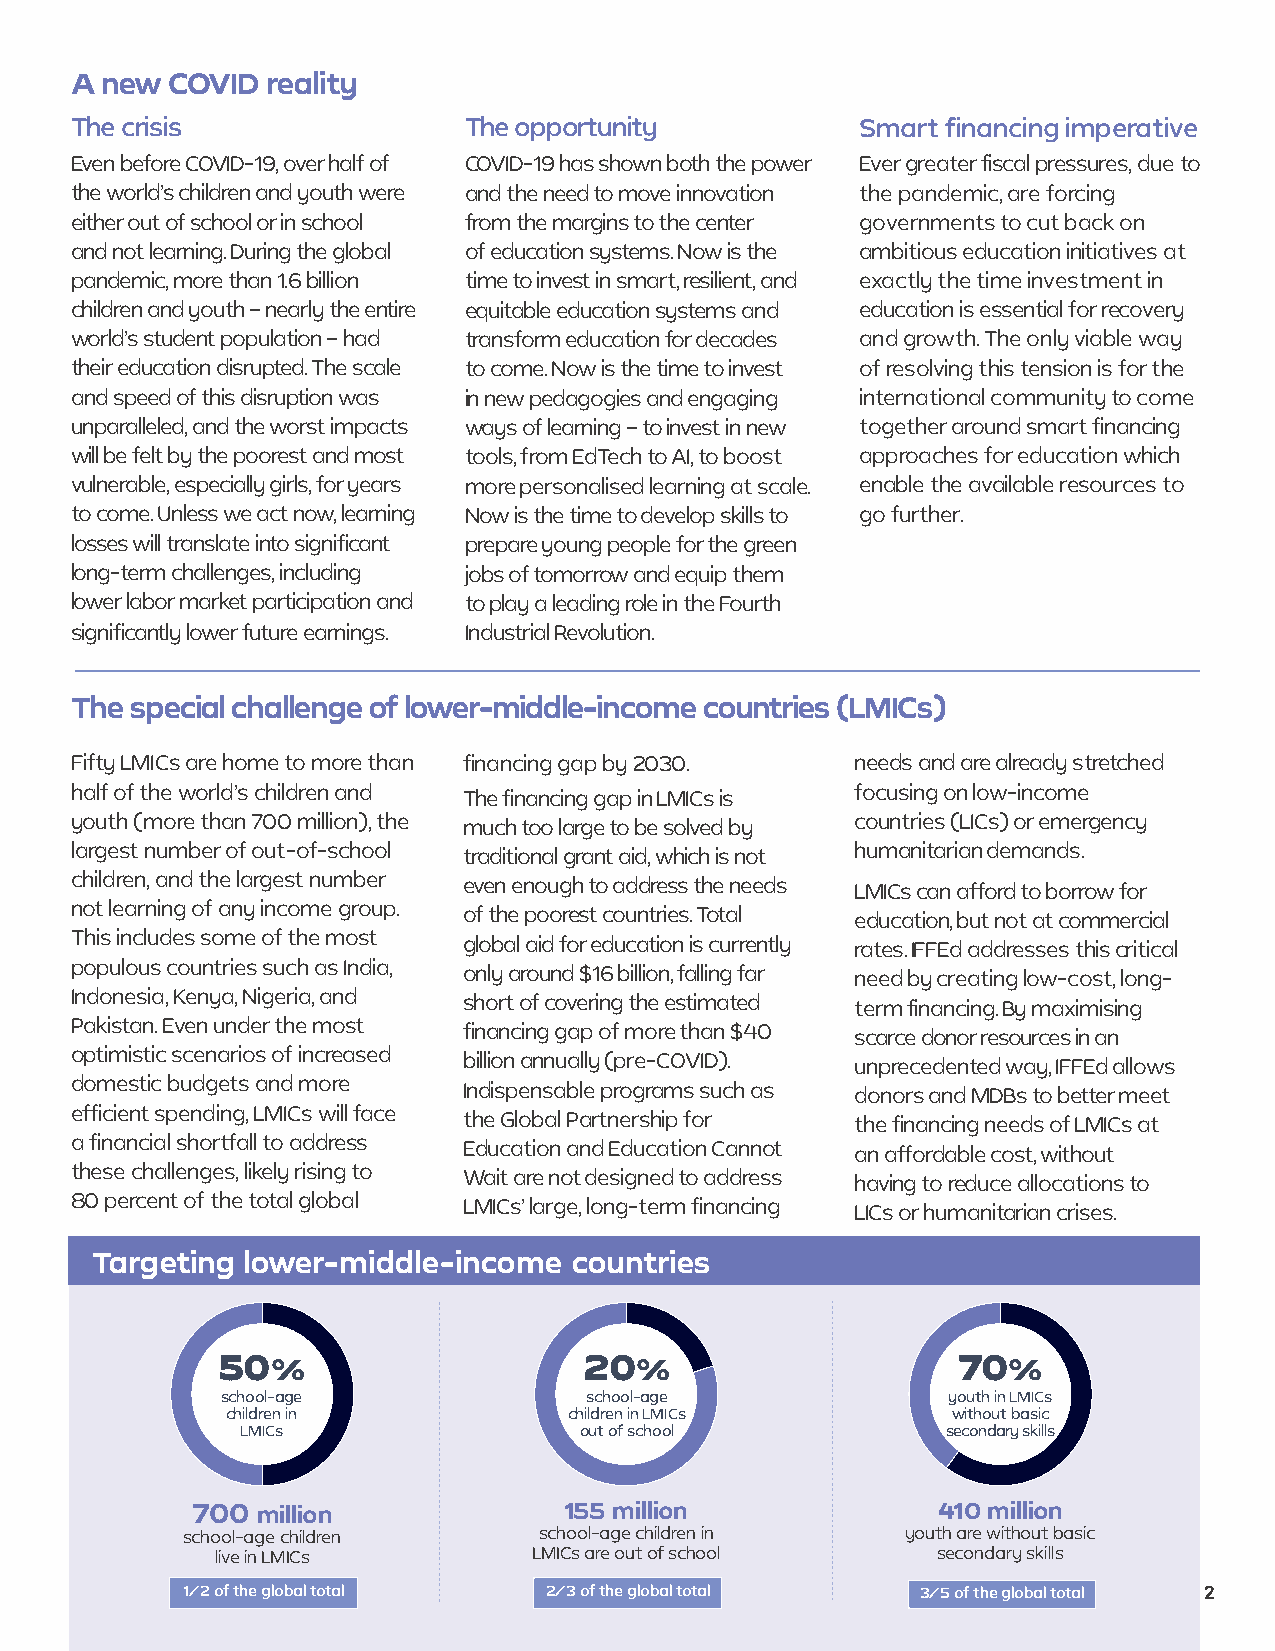
A new COVID  reality
 The crisis                The opportunity           Smart financing imperative
 Even before COVID-19, over half of COVID-19 has shown both the power Ever greater fiscal pressures, due to
 the world’s children and youth were and the need to move innovation the pandemic, are forcing
 either out of school or in school from the margins to the center governments to cut back on
 and not learning. During the global of education systems. Now is the ambitious education initiatives at
 pandemic, more than 1.6 billion time to invest in smart, resilient, and exactly the time investment in
 children and youth – nearly the entire equitable education systems and education is essential for recovery
 world’s student population – had transform education for decades and growth. The only viable way
 their education disrupted. The scale to come. Now is the time to invest of resolving this tension is for the
 and speed of this disruption was in new pedagogies and engaging international community to come
 unparalleled, and the worst impacts ways of learning – to invest in new together around smart financni g
 will be felt by the poorest and most tools, from EdTech to AI,o t boost approaches for education which
 vulnerable, especially girls, for years more personalised learning at scale. enable the available resources to
 to come. Unless we act now, learning Now is the time to develop skills to go further.
 losses will translate into significant prepare young people for the green
 long-term challenges, including jobs of tomorrow and equip them
 lower labor market participation and to play a leading role in the Fourth
 significantly lower future earnings. Industrial Revolution.
 The special challenge of lower-middle-income countries (LMICs)
 Fifty LMICs are home to more than financing gap by 2030. needs and are already stretchde
 half of the world’s children and The financing gap in LMICs is focusing on low-income
 youth (more than 700 million), the much too large to be solved by countries (LICs) or emergency
 largest number of out-of-school traditional grant aid, which is not humanitarian demands.
 children, and the largest number even enough to address the needs LMICs can afford to borrow for
 not learning of any income group. of the poorest countries. Total education, but not at commercial
 This includes some of the most global aid for education is currently rates. IFFEd addresses thisc ritical
 populous countries such as India, only around $16 billion, falling far need by creating low-cost, long-
 Indonesia, Kenya, Nigeria, and short of covering the estimated term financing. By maximising
 Pakistan. Even under the most financing gap of more than $40 scarce donor resources in an
 optimistic scenarios of increased billion annually (pre-COVID). unprecedented way, IFFEd allows
 domestic budgets and more Indispensable programs such as donors and MDBs to better meet
 efficient spending, LMICs will face the Global Partnership for the financing needs of LMICs at
 a financial shortfall to address Education and Education Cannot an affordable cost, without
 these challenges, likely rising to Wait are not designed to address having to reduce allocations to
 80 percent of the total global LMICs’ large, long-term financing LICs or humanitarian crises.
 Targeting lower-middle-income   countries
 50%                      20%                     70%
 school-age              school-age              youth in LMICs
 children in            children in LMICs        without basic
 LMICs                 out of school            secondary skills
 700 million             155 million              410 million
 school-age children     school-age children in  youth are without basic
 live in LMICs        LMICs are out of school    secondary skills
 1/2 of the global total 2/3 of the global total  3/5 of the global total 2